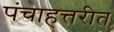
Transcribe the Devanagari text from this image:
पंचाहत्तरीत